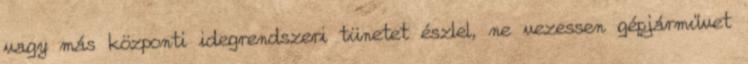
vagy más központi idegrendszeri tünetet észlel, ne vezessen gépjárművet